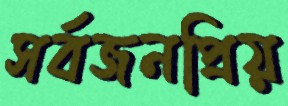
সর্বজনপ্রিয়